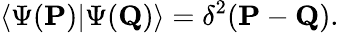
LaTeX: \langle\Psi({\mathbf P})|\Psi({\mathbf Q})\rangle=\delta^{2}({\mathbf P}-{\mathbf Q}).